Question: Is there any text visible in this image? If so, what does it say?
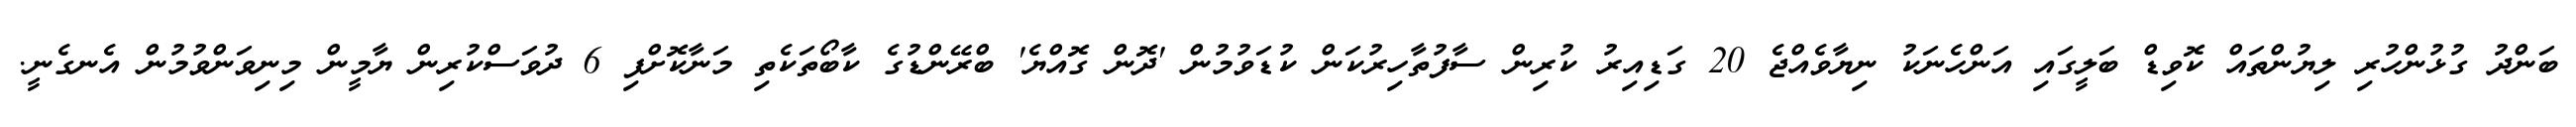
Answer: ބަންދު ގުޅުންހުރި ލިޔުންތައް ކޮވިޑް ބަލީގައި އަންހެނަކު ނިޔާވެއްޖެ 20 ގަޑިއިރު ކުރިން ސާފުތާހިރުކަން ކުޑަވުމުން 'ދޮން ގޮއްޔެ' ބްރޭންޑުގެ ކާބޯތަކެތި މަނާކޮށްފި 6 ދުވަސްކުރިން ޔާމީން މިނިވަންވުމުން އެނގެނީ.